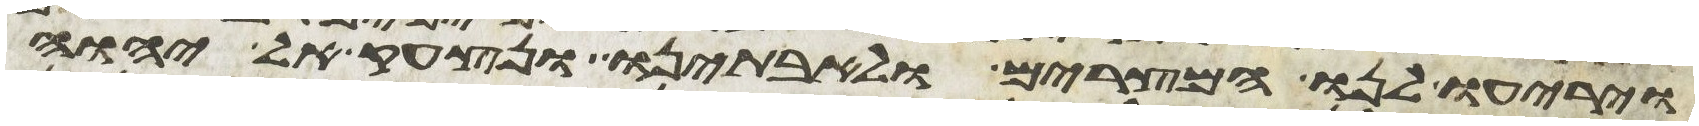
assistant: ויריעו לנו המצרים ולאבתינו ונצעק אל יהוה